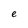
Character: e